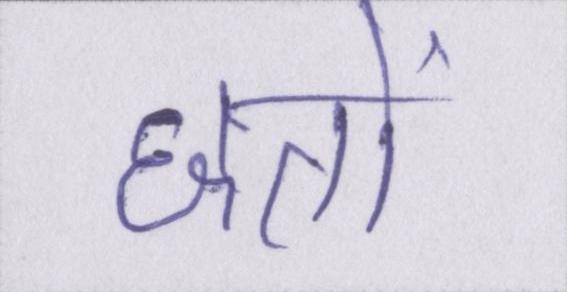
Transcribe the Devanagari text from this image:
छतों